Proceedings of the meeting of veterinary officers in India
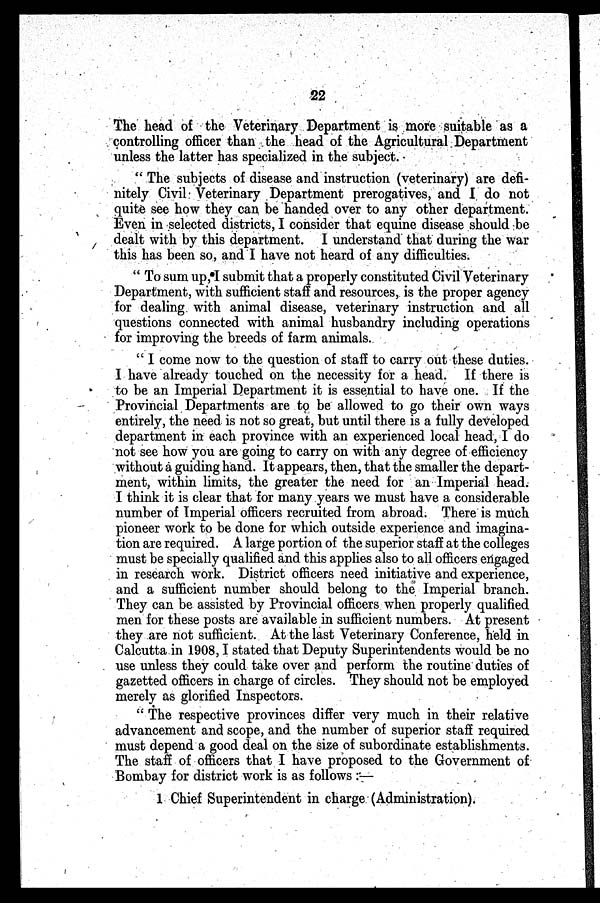
22
The head of the Veterinary Department is more suitable as a
controlling officer than the head of the Agricultural Department
unless the latter has specialized in the subject.
" The subjects of disease and instruction (veterinary) are defi-
nitely Civil Veterinary Department prerogatives, and I do not
quite see how they can be handed over to any other department.
Even in selected districts, I consider that equine disease should be
dealt with by this department. I understand that during the war
this has been so, and I have not heard of any difficulties.
" To sum up, I submit that a properly constituted Civil Veterinary
Department, with sufficient staff and resources, is the proper agency
for dealing with animal disease, veterinary instruction and all
questions connected with animal husbandry including operations
for improving the breeds of farm animals.
" I come now to the question of staff to carry out these duties.
I have already touched on the necessity for a head. If there is
to be an Imperial Department it is essential to have one. If the
Provincial Departments are to be allowed to go their own ways
entirely, the need is not so great, but until there is a fully developed
department in each province with an experienced local head, I do
not see how you are going to carry on with any degree of efficiency
without a guiding hand. It appears, then, that the smaller the depart-
ment, within limits, the greater the need for an Imperial head.
I think it is clear that for many years we must have a considerable
number of Imperial officers recruited from abroad. There is much
pioneer work to be done for which outside experience and imagina-
tion are required. A large portion of the superior staff at the colleges
must be specially qualified and this applies also to all officers engaged
in research work. District officers need initiative and experience,
and a sufficient number should belong to the Imperial branch.
They can be assisted by Provincial officers when properly qualified
men for these posts are available in sufficient numbers. At present
they are not sufficient. At the last Veterinary Conference, held in
Calcutta in 1908, I stated that Deputy Superintendents would be no
use unless they could take over and perform the routine duties of
gazetted officers in charge of circles. They should not be employed
merely as glorified Inspectors.
" The respective provinces differ very much in their relative
advancement and scope, and the number of superior staff required
must depend a good deal on the size of subordinate establishments.
The staff of officers that I have proposed to the Government of
Bombay for district work is as follows :—
1 Chief Superintendent in charge (Administration).